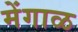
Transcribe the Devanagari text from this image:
मेंगाळ